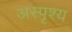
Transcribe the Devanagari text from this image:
अस्पृश्‍य